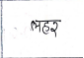
मजकूर: लहर